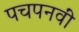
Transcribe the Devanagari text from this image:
पचपनवीं